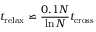
t _ { \mathrm { r e l a x } } \backsimeq { \frac { 0 . 1 N } { \ln N } } t _ { \mathrm { c r o s s } }